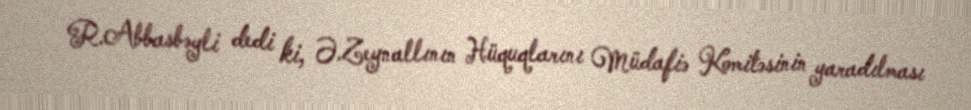
R.Abbasbəyli dedi ki, Ə.Zeynallının Hüquqlarını Müdafiə Komitəsinin yaradılması